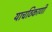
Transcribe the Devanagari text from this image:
याचठिकाणी